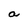
Character: a